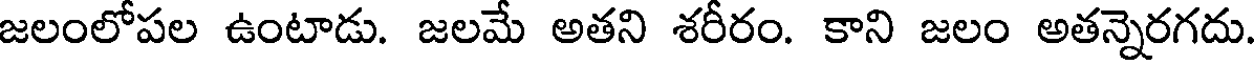
జలంలోపల ఉంటాడు. జలమే అతని శరీరం. కాని జలం అతన్నెరగదు.